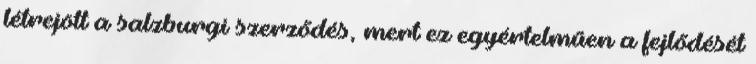
létrejött a salzburgi szerződés, mert ez egyértelműen a fejlődését